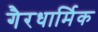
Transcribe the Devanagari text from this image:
गैरधार्मिक